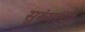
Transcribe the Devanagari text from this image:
सुरुंगांची